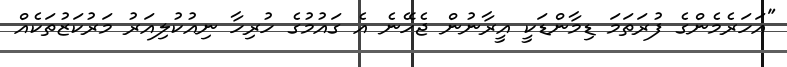
"އަހަރެމެންގެ ފުރަތަމަ ޑިމާންޑަކީ އީރާނުން ޖެހޭނެ އެ ގައުމުގެ ހުރިހާ ނިއުކުލިއަރު މަރުކަޒުތަކެއް